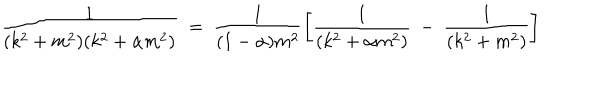
\frac { 1 } { ( k ^ { 2 } + m ^ { 2 } ) ( k ^ { 2 } + \alpha m ^ { 2 } ) } ~ = ~ \frac { 1 } { ( 1 - \alpha ) m ^ { 2 } } \left[ \frac { 1 } { ( k ^ { 2 } + \alpha m ^ { 2 } ) } ~ - ~ \frac { 1 } { ( k ^ { 2 } + m ^ { 2 } ) } \right]